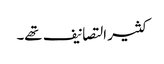
کثیر التصانیف تھے۔